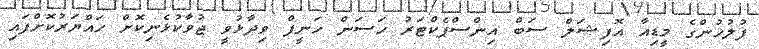
ފުލުހުންގެ މީޑިއާ އޮފިޝަލް ސަބް އިންސްޕެކްޓަރު ހަސަން ހަނީފް ވިދާޅުވީ ޖުވާކުޅެނިކޮށް ހައްޔަރުކޮށްފައި